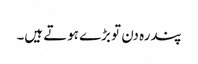
پندرہ دن تو بڑے ہوتے ہیں۔